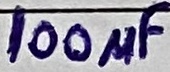
Text: 100µF